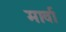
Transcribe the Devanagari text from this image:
मार्वा